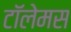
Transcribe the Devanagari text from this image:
टॉलेमस